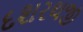
દશરથજી